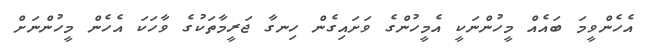
އެހެންވީމަ ބައެއް މީހުންނަކީ އެމީހުންގެ ވަށައިގެން ހިނގާ ޖަރީމާތަކުގެ ވާހަކަ އެހެން މީހުންނަށް